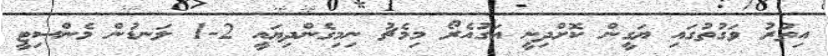
އިތުރު ވަގުތުގައި ޔަގީން ކޮށްދިނީ އަގުއެރޯ މިމެޗު ނިމިގެންދިޔައީ 2-1 ލަނޑުން މެންސިޓީ